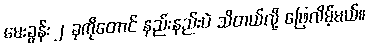
မေးခွန်း ၂ ခုကိုတောင် နည်းနည်းပဲ သိတယ်လို့ ဖြေလိမ့်မယ်။